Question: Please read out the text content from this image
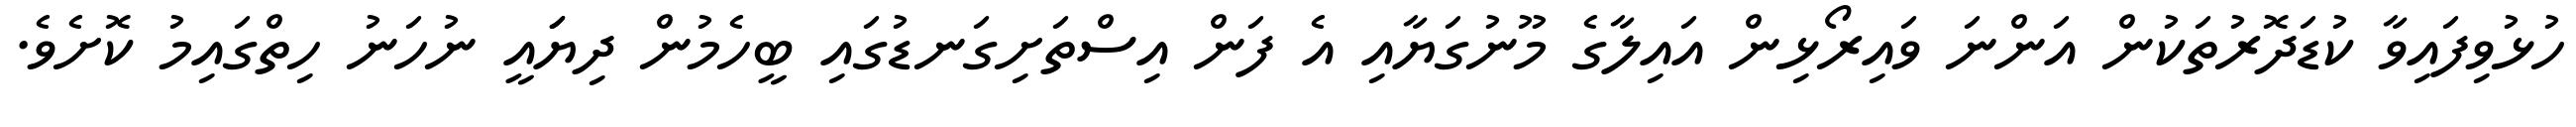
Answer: ހުޅުވިފައިވާ ކުޑަދޮރުތަކުން އަންނަ ވައިރޯޅިން އައިލާގެ މޫނުގަޔާއި އެ ފަން އިސްތަށިގަނޑުގައި ބީހެމުން ދިޔަައީ ނުހަނު ހިތްގައިމު ކޮށެވެ.